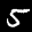
Label: 5